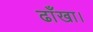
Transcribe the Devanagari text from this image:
ढाँखा।